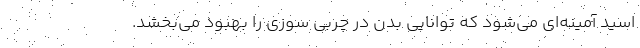
اسید آمینه‌ای می‌شود که توانایی بدن در چربی سوزی را بهبود می‌بخشد.